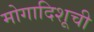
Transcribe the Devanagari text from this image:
मोगादिशूची